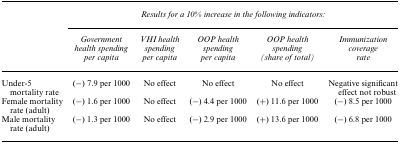
<table><thead><tr><td>[EMPTY_CELL]</td><td colspan="5"><b>Results for a 10% increase in the following indicators:</b></td></tr><tr><td>[EMPTY_CELL]</td><td><b>Government health spending per capita</b></td><td><b>VHI health spending per capita</b></td><td><b>OOP health spending per capita</b></td><td><b>OOP health spending (share of total)</b></td><td><b>Immunization coverage rate</b></td></tr></thead><tbody><tr><td>Under-5 mortality rate</td><td>(−) 7.9 per 1000</td><td>No effect</td><td>No effect</td><td>No effect</td><td>Negative significant effect not robust</td></tr><tr><td>Female mortality rate (adult)</td><td>(−) 1.6 per 1000</td><td>No effect</td><td>(−) 4.4 per 1000</td><td>(+) 11.6 per 1000</td><td>(−) 8.5 per 1000</td></tr><tr><td>Male mortality rate (adult)</td><td>(−) 1.3 per 1000</td><td>No effect</td><td>(−) 2.9 per 1000</td><td>(+) 13.6 per 1000</td><td>(−) 6.8 per 1000</td></tr></tbody></table>